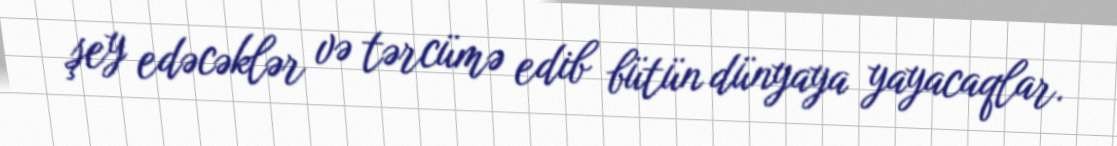
şey edəcəklər və tərcümə edib bütün dünyaya yayacaqlar.